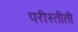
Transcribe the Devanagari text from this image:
परीस्तीती